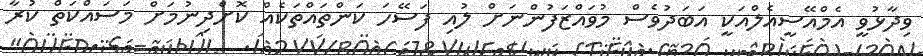
ވިދާޅުވީ އެމްއޭސީއެލްއަކީ އަބަދުވެސް މުވައްޒަފުންނަށް ލުއި ފަސޭހަ ކަންތައްތަކެއް ކޮށްދިނުމަށް މަސައްކަތް ކުރާ